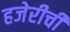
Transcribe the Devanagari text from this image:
हजेरीची